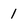
Character: 1